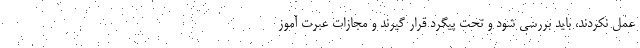
عمل نکردند، باید بررسی شود و تحت پیگرد قرار گیرند و مجازات عبرت آموز